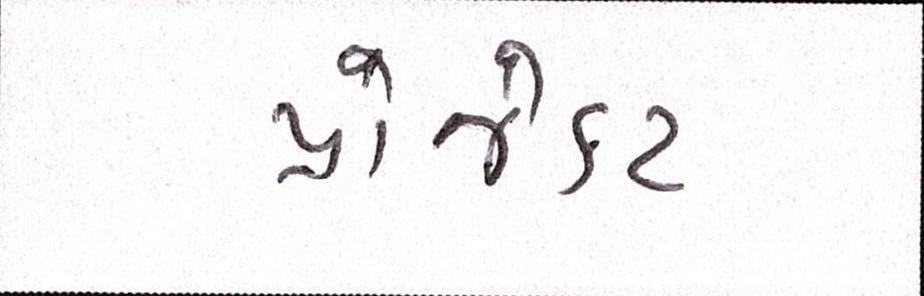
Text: પ્રોજેક્ટ